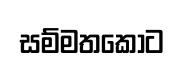
සම්මතකොට